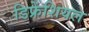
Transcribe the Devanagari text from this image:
डिफ्रेंशियल